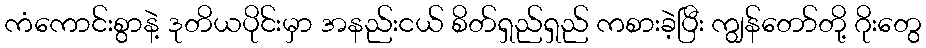
ကံကောင်းစွာနဲ့ ဒုတိယပိုင်းမှာ အနည်းငယ် စိတ်ရှည်ရှည် ကစားခဲ့ပြီး ကျွန်တော်တို့ ဂိုးတွေ